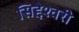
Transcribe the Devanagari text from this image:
सिद्देश्वरी